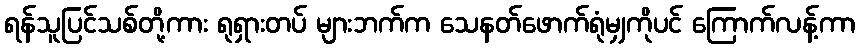
ရန်သူပြင်သစ်တို့ကား ရုရှားတပ် များဘက်က သေနတ်ဖောက်ရုံမျှကိုပင် ကြောက်လန့်ကာ